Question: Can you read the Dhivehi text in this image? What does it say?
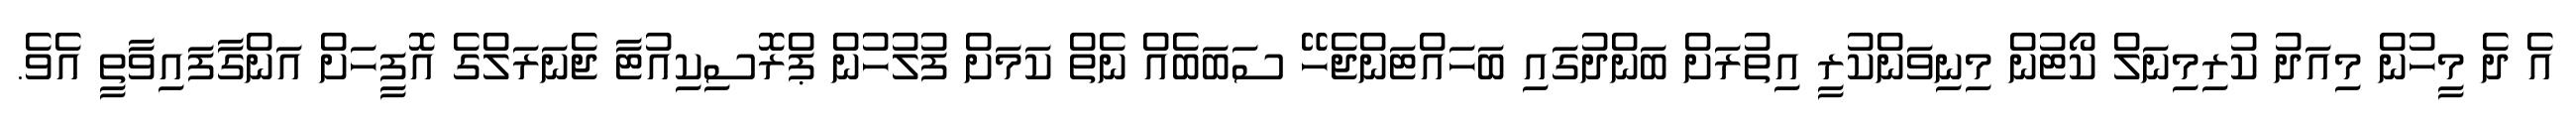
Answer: އެ ދެ މީހުން މިއަދު ކުރިމިނަލް ކޯޓުން މިނިވަންކުރީ އިތުރަށް ބަންދުގައި ބަހައްޓަންޖެހޭ ސަބަބެއް ނެތް ކަމަށް ފުލުހުން ޕްރޮސިކިއުޓާ ޖެނަރަލްގެ އޮފީހަށް އަންގާފައިވާތީ އެވެ.